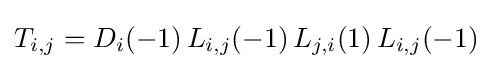
T_{i,j}=D_{i}(-1)\,L_{i,j}(-1)\,L_{j,i}(1)\,L_{i,j}(-1)